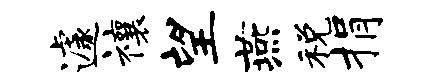
遽禳望燕税捐